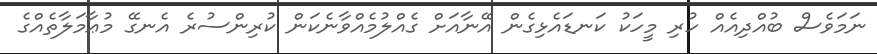
ނަމަވެސް ބުއްދިއެއް ހުރި މީހަކު ކަނޑައެޅިގެން އޭނާއަށް ގެއްލުމެއްވާނެކަން ކުރިންސުރެ އެނގޭ މުޢާމަލާތެއްގެ